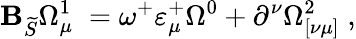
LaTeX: \mathbf{B}_{\widetilde{{S}}}\Omega_{\mu\; }^{1}=\omega^{+}\varepsilon_{\mu}^{+}\Omega^{0}+\partial^{\nu}\Omega_{[\nu\mu]}^{2}\; ,